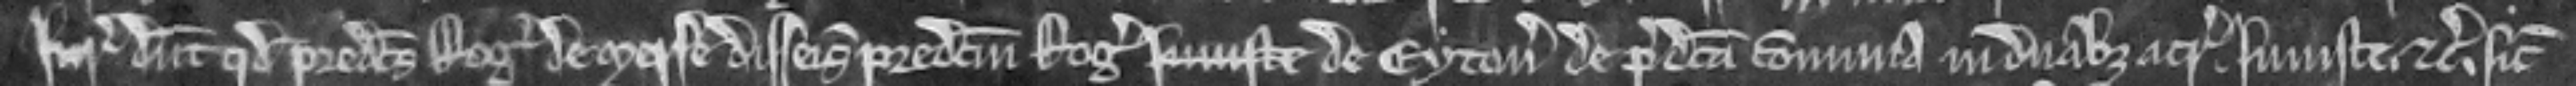
Juratores dicunt quod predictus Rogerus de Merse disseisivit predictum Rogerum injuste de Eyton de predicta communa in duabus acris. injuste. etc. sicut